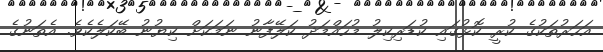
އަހަރުތަކުގެ ކުރީ ކޮޅުގައި ކުޑަރިކިލު މުހައްމަދު ކަލޭފާނު ނަމަކަށް ކިޔުނު ބޭކަލެކެވެ. އެތަނުގެ